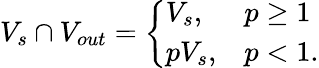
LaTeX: V_{s}\cap V_{out}=\left\{ \begin{array}{ll}{V_{s},}&{p\ge 1}\\ {pV_{s},}&{p<1.}\end{array}\right.